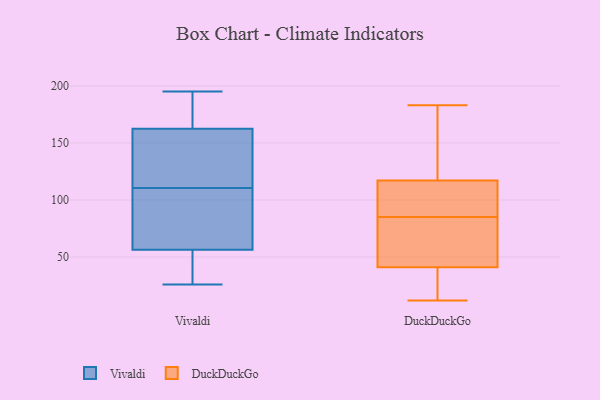
{"axis": {"x": "Active Users", "y": "Value"}, "legend": ["DuckDuckGo", "Vivaldi"], "data": [{"x": "", "y": 111, "type": "Vivaldi"}, {"x": "", "y": 132, "type": "Vivaldi"}, {"x": "", "y": 127, "type": "Vivaldi"}, {"x": "", "y": 54, "type": "Vivaldi"}, {"x": "", "y": 38, "type": "Vivaldi"}, {"x": "", "y": 175, "type": "Vivaldi"}, {"x": "", "y": 178, "type": "Vivaldi"}, {"x": "", "y": 83, "type": "Vivaldi"}, {"x": "", "y": 138, "type": "Vivaldi"}, {"x": "", "y": 64, "type": "Vivaldi"}, {"x": "", "y": 67, "type": "Vivaldi"}, {"x": "", "y": 41, "type": "Vivaldi"}, {"x": "", "y": 188, "type": "Vivaldi"}, {"x": "", "y": 26, "type": "Vivaldi"}, {"x": "", "y": 39, "type": "Vivaldi"}, {"x": "", "y": 173, "type": "Vivaldi"}, {"x": "", "y": 59, "type": "Vivaldi"}, {"x": "", "y": 152, "type": "Vivaldi"}, {"x": "", "y": 110, "type": "Vivaldi"}, {"x": "", "y": 195, "type": "Vivaldi"}, {"x": "", "y": 85, "type": "DuckDuckGo"}, {"x": "", "y": 87, "type": "DuckDuckGo"}, {"x": "", "y": 55, "type": "DuckDuckGo"}, {"x": "", "y": 44, "type": "DuckDuckGo"}, {"x": "", "y": 13, "type": "DuckDuckGo"}, {"x": "", "y": 24, "type": "DuckDuckGo"}, {"x": "", "y": 56, "type": "DuckDuckGo"}, {"x": "", "y": 87, "type": "DuckDuckGo"}, {"x": "", "y": 12, "type": "DuckDuckGo"}, {"x": "", "y": 178, "type": "DuckDuckGo"}, {"x": "", "y": 87, "type": "DuckDuckGo"}, {"x": "", "y": 40, "type": "DuckDuckGo"}, {"x": "", "y": 183, "type": "DuckDuckGo"}, {"x": "", "y": 158, "type": "DuckDuckGo"}, {"x": "", "y": 127, "type": "DuckDuckGo"}]}